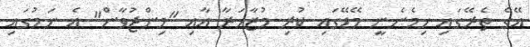
އޭގެ ތެރޭގައި ހިމެނެނީ މޭޑޭގައި ކުރި މުޒާހަރާ އާއި "މިންޖުވާން" އެ ނަމުގައި